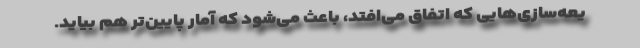
یعه‌سازی‌هایی که اتفاق می‌افتد، باعث می‌شود که آمار پایین‌تر هم بیاید.